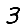
Digit: 3